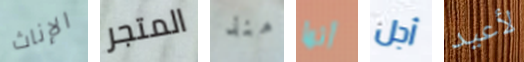
الإناث المتجر منذ أنها أجل لأعيد